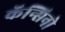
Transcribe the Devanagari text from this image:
कॅन्सिनो